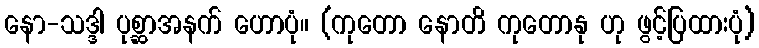
နော-သဒ္ဒါ ပုစ္ဆာအနက် ဟောပုံ။ (ကုတော နောတိ ကုတောနု ဟု ဖွင့်ပြထားပုံ)